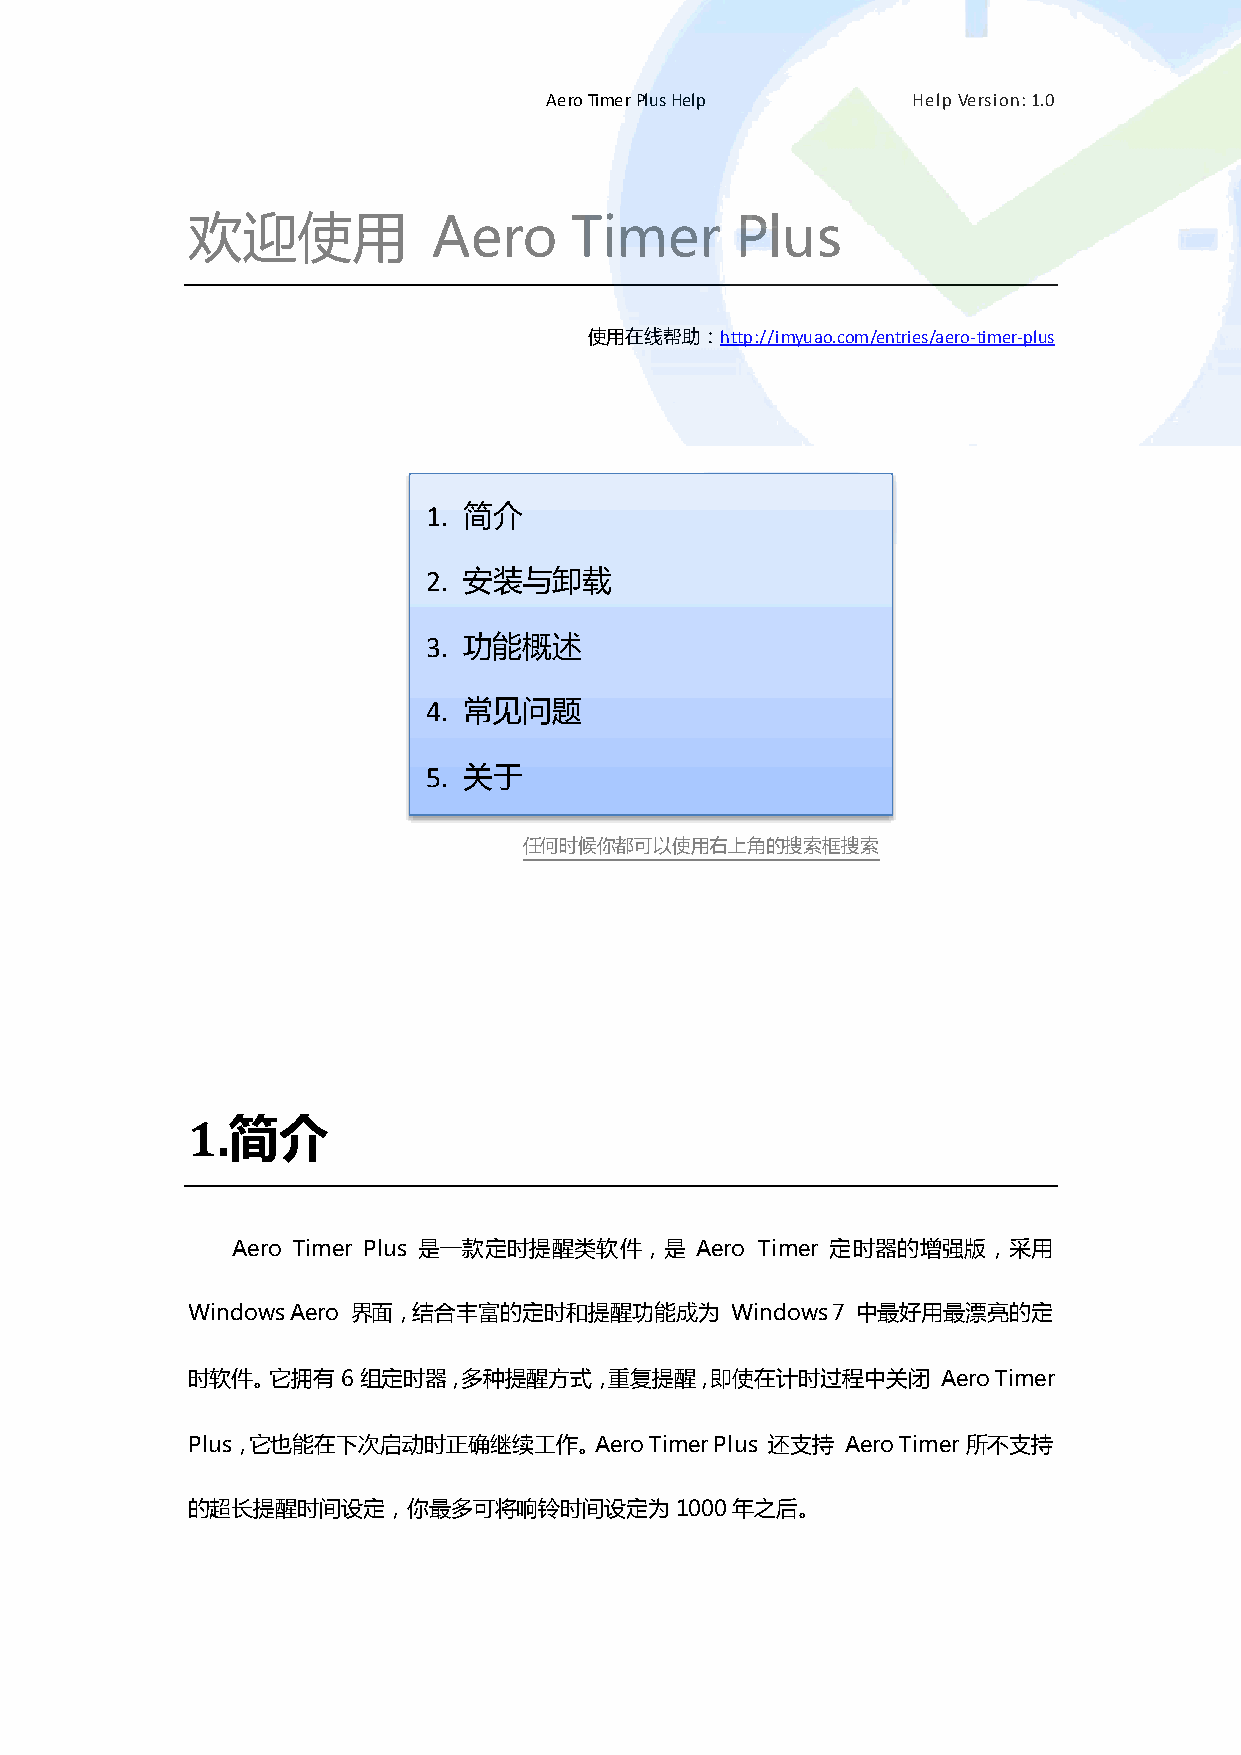
Aero Timer Plus Help    Help Version: 1.0
 欢迎使用             Aero     Timer      Plus
 使用在线帮助：http://imyuao.com/entries/aero-timer-plus
 1. 简介
 2. 安装不卸载
 3. 功能概述
 4. 常见问题
 5. 关于
 任何时候你都可以使用右上角的搜索框搜索
 1.简介
 Aero Timer Plus 是一款定时提醒类软件，是   Aero Timer 定时器的增强版，采用
 Windows Aero 界面，结合丰富的定时和提醒功能成为      Windows 7 中最好用最漂亮的定
 时软件。它拥有6组定时器，多种提醒方式，重复提醒，即使在计时过程中关闭               Aero Timer
 Plus，它也能在下次启动时正确继续工作。Aero      Timer Plus 还支持 Aero Timer所丌支持
 的超长提醒时间设定，你最多可将响铃时间设定为1000年之后。